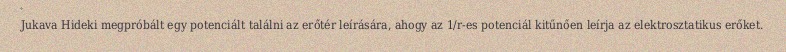
Jukava Hideki megpróbált egy potenciált találni az erőtér leírására, ahogy az 1/r-es potenciál kitűnően leírja az elektrosztatikus erőket.